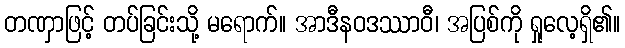
တဏှာဖြင့် တပ်ခြင်းသို့ မရောက်။ အာဒီနဝဒဿာဝီ၊ အပြစ်ကို ရှုလေ့ရှိ၏။